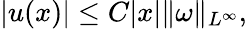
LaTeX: |u(x)|\leq C|x|\| \omega\| _{L^{\infty}},